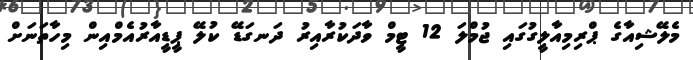
މެލޭޝިއާގެ ޕްރިމިއާލީގުގައި ޖުމްލަ 12 ޓީމް ވާދަކުރާއިރު ދަނގަޑޭ ކުލޭ ޕީޑީއާރުއެމްއިން މިހާތަނަށް